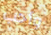
وأحب